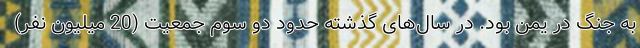
به جنگ در یمن بود. در سال‌های گذشته حدود دو سوم جمعیت (20 میلیون نفر)